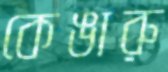
কেঙারু